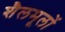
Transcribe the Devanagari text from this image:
शैलमूलों